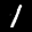
Label: 1